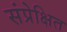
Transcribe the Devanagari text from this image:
संप्रेक्षित